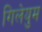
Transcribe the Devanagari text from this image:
गिलेयुम